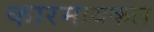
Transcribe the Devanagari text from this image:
कारमायकल